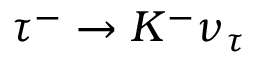
\tau ^ { - } \to K ^ { - } \nu _ { \tau }